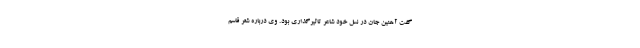
گفت آهنین جان در نسل خود شاعر تاثیرگذاری بود. وی درباره شعر قاسم